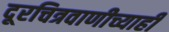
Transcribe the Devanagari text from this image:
दूरचित्रवाणीच्याही